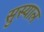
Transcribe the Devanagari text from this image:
सुस्याल